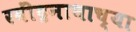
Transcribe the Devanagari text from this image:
रवींद्रनाथाच्या